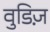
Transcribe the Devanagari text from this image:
वुडिज़